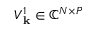
V _ { \mathbf { k } } ^ { 1 } \in \mathbb { C } ^ { N \times P }